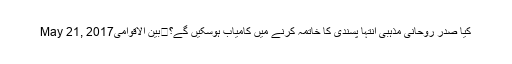
May 21, 2017بین الاقوامی	کیا صدر روحانی مذہبی انتہا پسندی کا خاتمہ کرنے میں کامیاب ہوسکیں گے؟